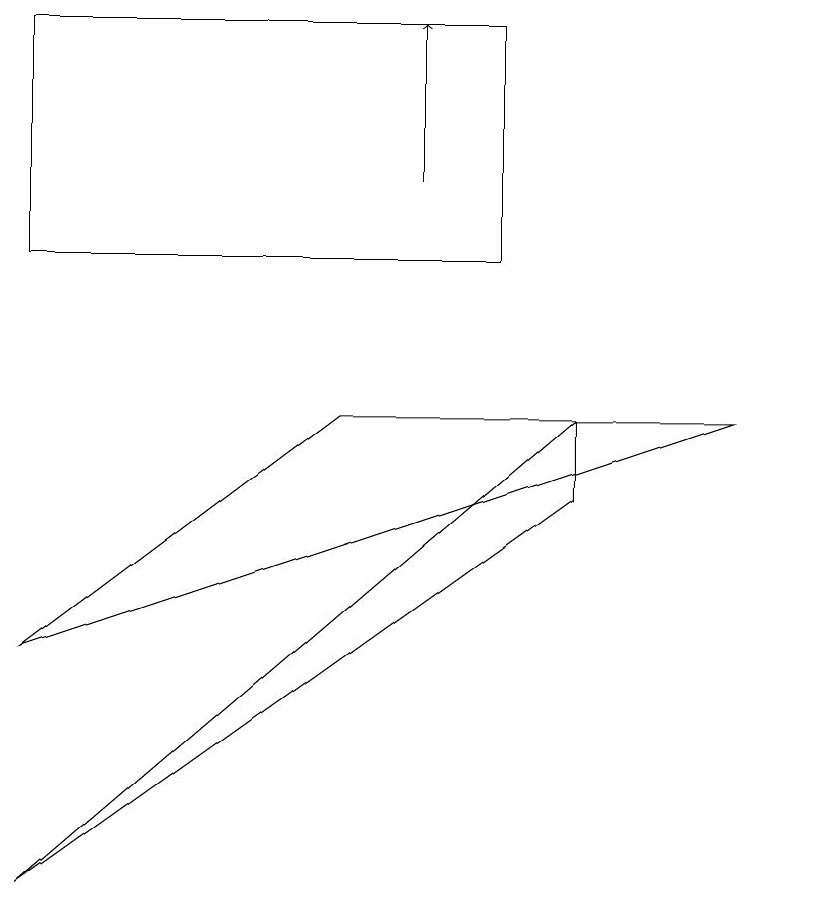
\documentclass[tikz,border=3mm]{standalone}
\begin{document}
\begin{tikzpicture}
\draw (0,14) rectangle (6,11);
\draw (10,10) circle (0);
\draw[->] (5,12) -- (5,14);
\draw (4,9) -- (0,6) -- (9,9) -- cycle;
\draw (7,8) -- (0,3) -- (7,9) -- cycle;
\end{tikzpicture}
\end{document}